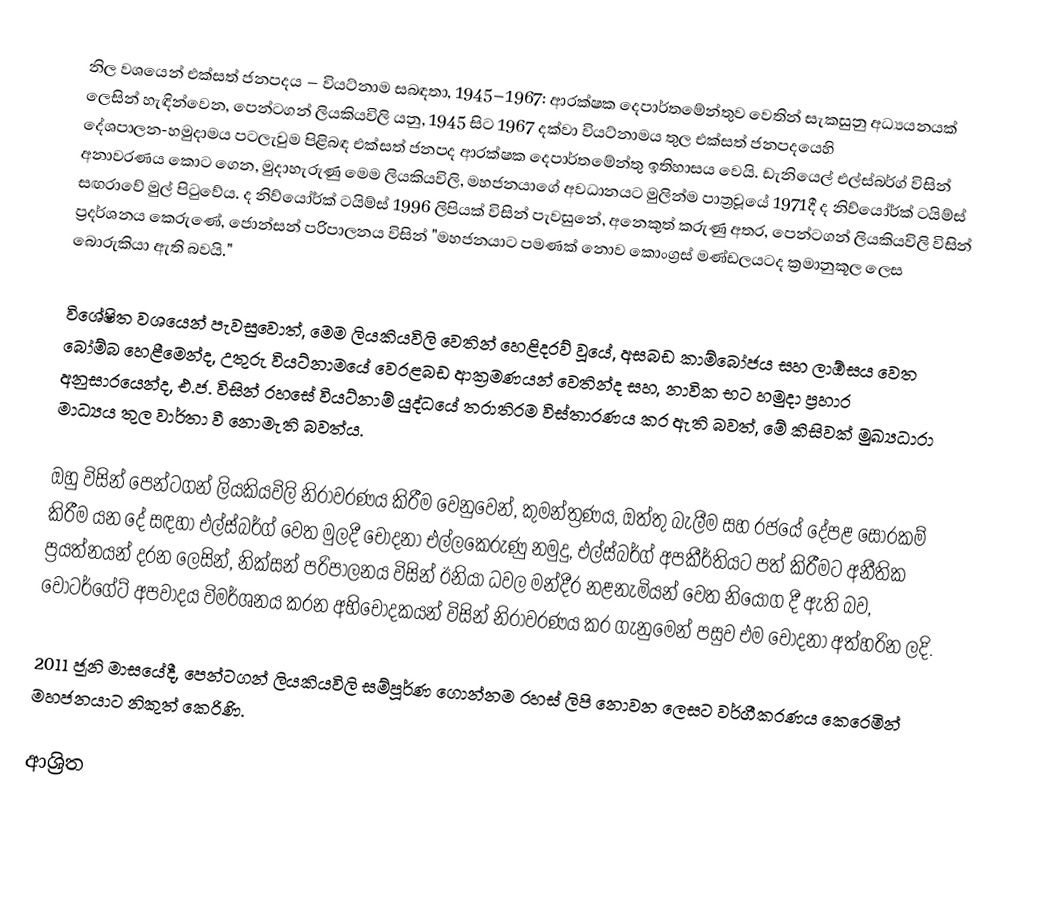
නිල වශයෙන් එක්සත් ජනපදය – වියට්නාම සබඳතා, 1945–1967: ආරක්ෂක දෙපාර්තමේන්තුව වෙතින් සැකසුනු අධ්‍යයනයක් ලෙසින් හැඳින්වෙන, පෙන්ටගන් ලියකියවිලි යනු, 1945 සිට 1967 දක්වා වියට්නාමය තුල  එක්සත් ජනපදයෙහි  දේශපාලන-හමුදාමය පටලැවුම පිළිබඳ   එක්සත් ජනපද ආරක්ෂක දෙපාර්තමේන්තු ඉතිහාසය වෙයි.  ඩැනියෙල් එල්ස්බර්ග් විසින් අනාවරණය කොට ගෙන, මුදාහැරුණු මෙම ලියකියවිලි, මහජනයාගේ අවධානයට මුලින්ම පාත්‍රවූයේ 1971දී  ද නිව්යෝර්ක් ටයිම්ස් සඟරාවේ මුල් පිටුවේය. ද නිව්යෝර්ක් ටයිම්ස් 1996 ලිපියක් විසින් පැවසුනේ,   අනෙකුත් කරුණු අතර, පෙන්ටගන් ලියකියවිලි විසින් ප්‍රදර්ශනය කෙරුණේ,  ජොන්සන් පරිපාලනය විසින්  "මහජනයාට පමණක් නොව කොංග්‍රස් මණ්ඩලයටද ක්‍රමානුකූල ලෙස බොරුකියා ඇති බවයි."

විශේෂිත වශයෙන් පැවසුවොත්, මෙම ලියකියවිලි  වෙතින් හෙළිදරව් වූයේ, අසබඩ කාම්බෝජය සහ ලාඕසය වෙත බෝම්බ හෙළීමෙන්ද, උතුරු වියට්නාමයේ වෙරළබඩ ආක්‍රමණයන් වෙතින්ද සහ, නාවික භට හමුදා ප්‍රහාර අනුසාරයෙන්ද,  එ.ජ. විසින් රහසේ වියට්නාම් යුද්ධයේ තරාතිරම විස්තාරණය කර ඇති බවත්, මේ කිසිවක් මුඛ්‍යධාරා මාධ්‍යය තුල වාර්තා වී නොමැති බවත්ය.

ඔහු විසින් පෙන්ටගන් ලියකියවිලි නිරාවරණය කිරීම වෙනුවෙන්, කුමන්ත්‍රණය, ඔත්තු බැලීම සහ රජයේ දේපළ සොරකම් කිරීම යන දේ සඳහා එල්ස්බර්ග් වෙත මුලදී චෝදනා එල්ලකෙරුණු නමුදු, එල්ස්බර්ග් අපකීර්තියට පත් කිරීමට අනීතික ප්‍රයත්නයන් දරන ලෙසින්,  නික්සන් පරිපාලනය විසින් ඊනියා ධවල මන්දීර නළනැමියන් වෙත නියෝග දී ඇති බව,   වෝටර්ගේට් අපවාදය විමර්ශනය කරන අභිචෝදකයන් විසින් නිරාවරණය කර ගැනුමෙන් පසුව එම චෝදනා අත්හරින ලදි.

2011 ජූනි මාසයේදී, පෙන්ටගන් ලියකියවිලි සම්පූර්ණ ගොන්නම රහස් ලිපි නොවන ලෙසට වර්ගීකරණය කෙරෙමින් මහජනයාට නිකුත් කෙරිණි.

ආශ්‍රිත